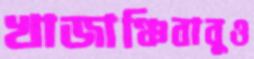
খাজাঞ্চিবাবুও